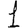
Digit: 1